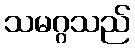
သမဂ္ဂသည်